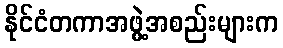
နိုင်ငံတကာအဖွဲ့အစည်းများက